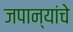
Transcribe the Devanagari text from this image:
जपान्यांचे